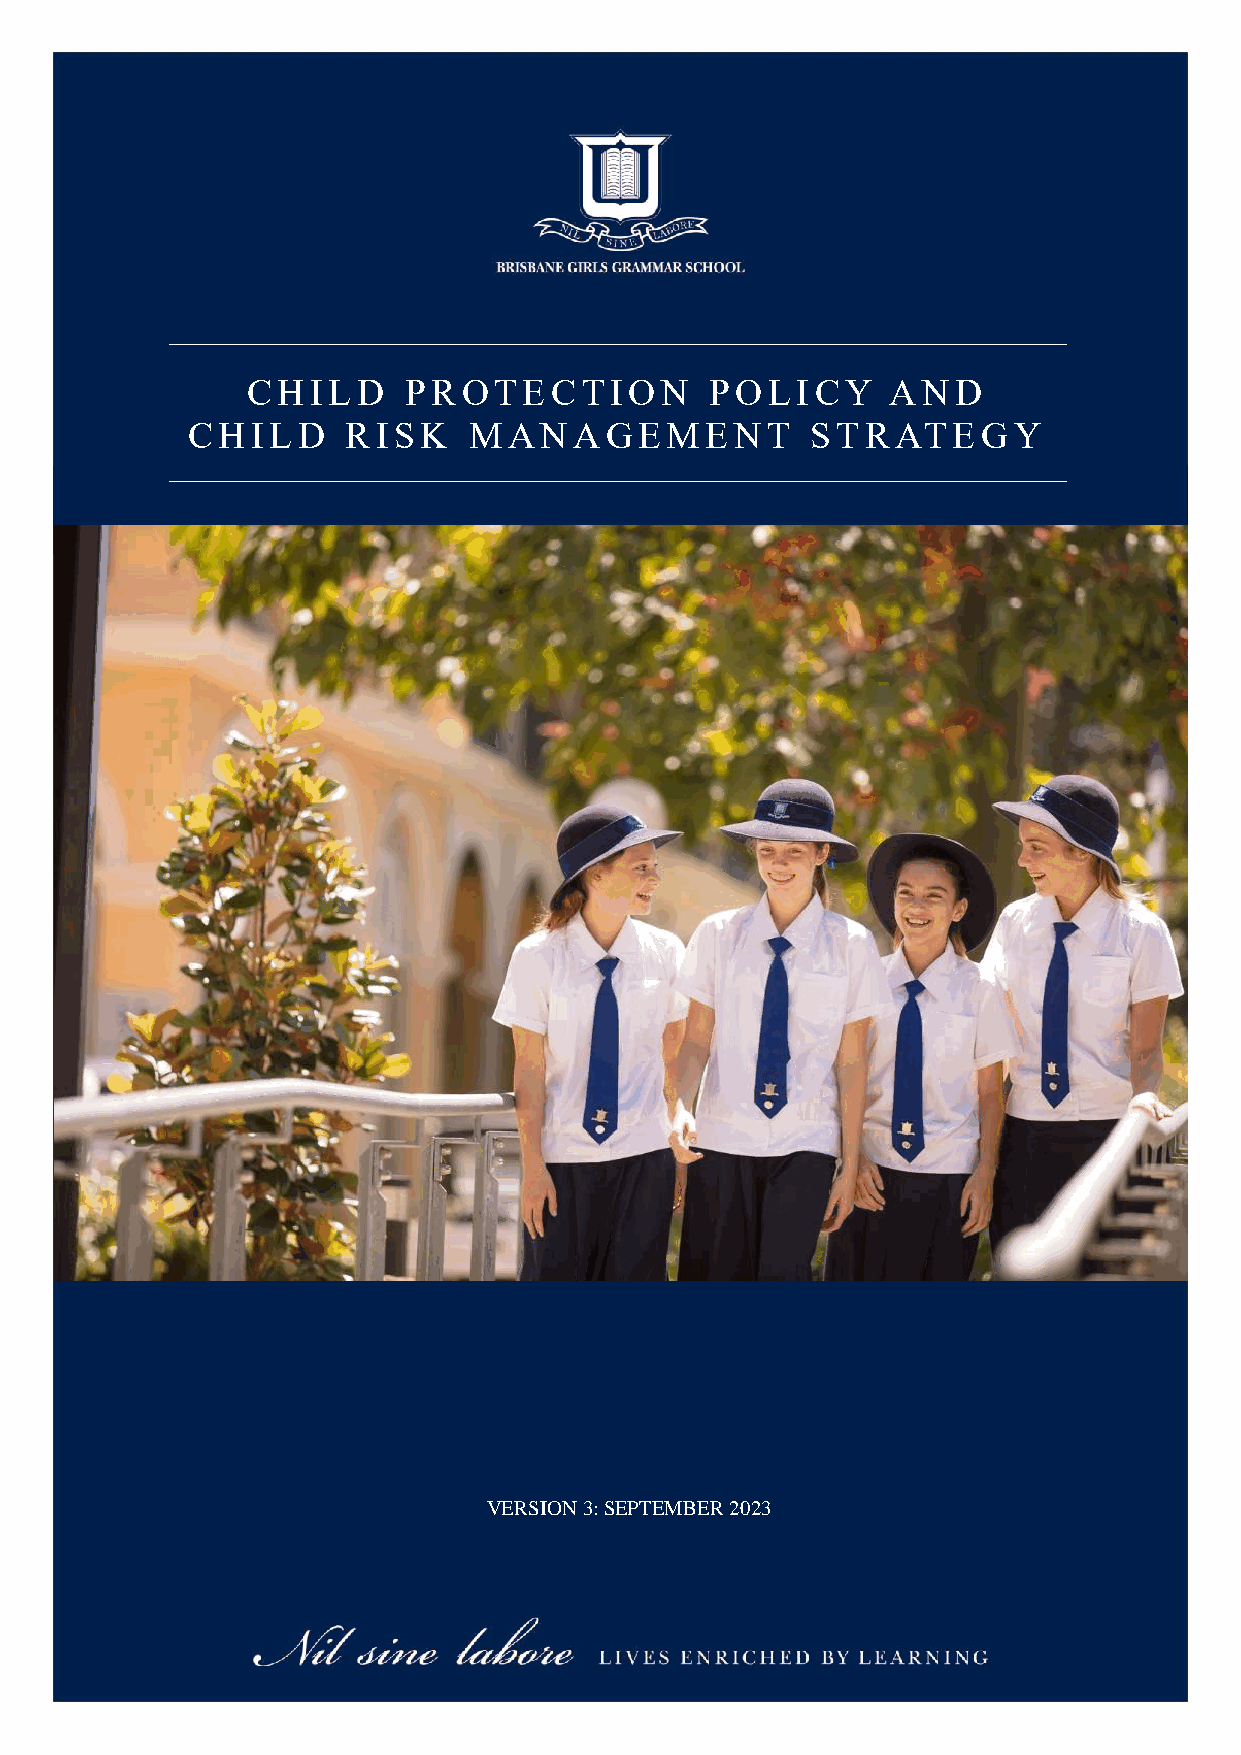
CHILD      PROTECTION          POLICY      AND
 CHILD      RISK    MANAGEMENT             STRATEGY
 VERSION 3: SEPTEMBER 2023